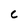
Character: c